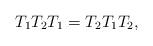
LaTeX: \begin{align*}T_1T_2T_1=T_2T_1T_2,\end{align*}